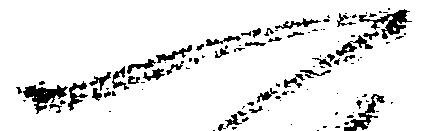
一